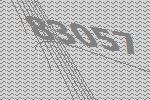
83057